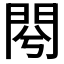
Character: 𨳣